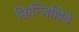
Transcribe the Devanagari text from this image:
फ्रिन्जिल्लिडे